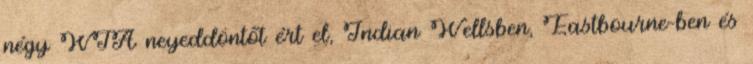
négy WTA neyeddöntőt ért el, Indian Wellsben, Eastbourne-ben és